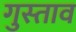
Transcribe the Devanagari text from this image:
गुस्‍ताव